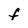
Character: F